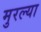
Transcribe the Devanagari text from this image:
मुरल्या